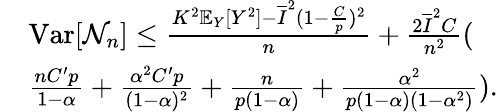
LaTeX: \begin{array}{rl}&{\mathrm{Var}[\mathcal{N}_{n}]\leq\frac{K^{2}\mathbb{E}_{Y}[Y^{2}]-\overline{{I}}^{2}(1-\frac{C}{p})^{2}}{n}+\frac{2\overline{{I}}^{2}C}{n^{2}}(}\\ &{\frac{nC^{\prime}p}{1-\alpha}+\frac{\alpha^{2}C^{\prime}p}{(1-\alpha)^{2}}+\frac{n}{p(1-\alpha)}+\frac{\alpha^{2}}{p(1-\alpha)(1-\alpha^{2})}).}\end{array}